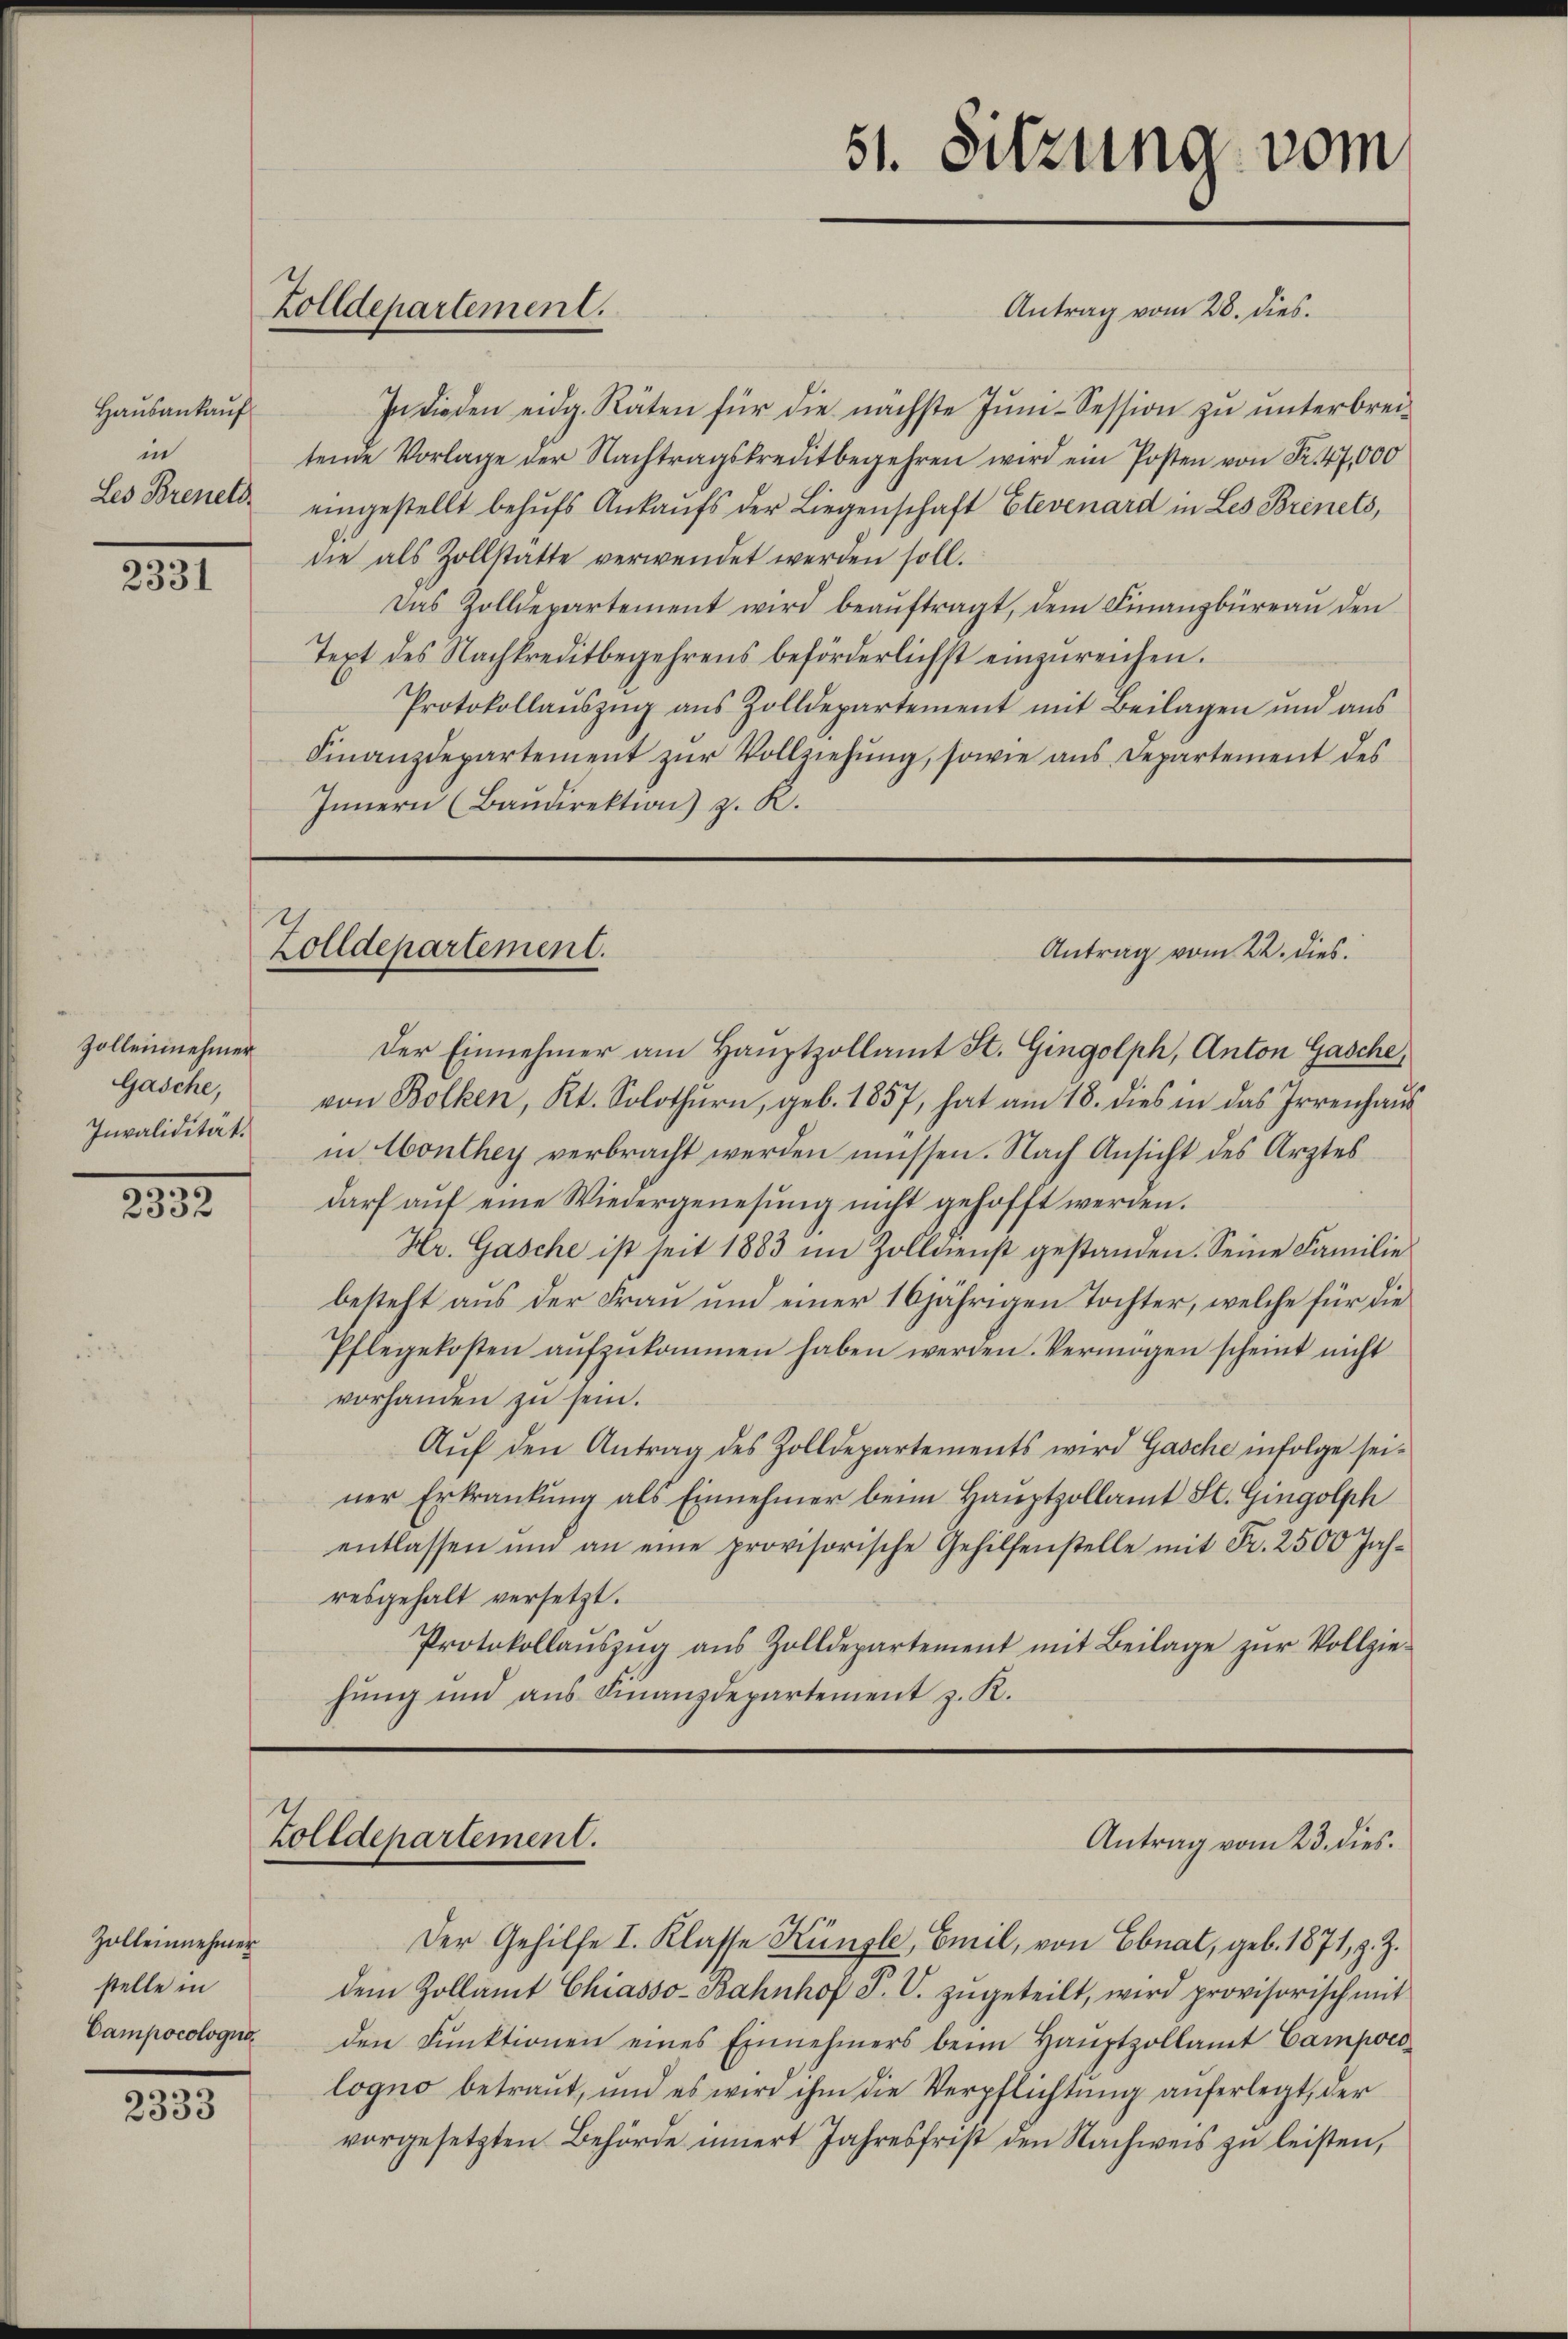
Hausankauf
in
Les Brenet

2331

Zollennehmer
Gasche,
Invalidität.

.
2332

Zolleinnehmer
stelle in
Campocoloquo

2333

Zolldepartement.

Antrag vom 28. dies.
In diesen eidg. Räten für die nächste Jŭni-Session zu unterbreitende Vorlage der Nachtragskreditbegehren wird ein Posten von Fr. 47,000
eingestellt behufs Ankaufs der Liegenschaft Etevenard in Les Brinets,
die als Zollstatte verwendet werden soll.
Das Zolldepartement wird beaŭftragt, dem Finanzbüreau den
Text des Nachkreditbegehrens beförderlichst einzŭreichen.
Protokollaŭszŭg aŭs Zolldepartement mit Beilagen und aus
Finanzdepartement zŭr Vollziehŭng, sowie aŭs Departement des
Innern (Baŭdirektion z. R.

Zolldepartement.

Zolldepartement.

51. Sitzung vom

Der Einnehmer am Hauptzollamt St. Gingolph, Anton Gasche,
von Bolken, Kt. Solothurn, geb. 1857, hat am 18. dies in das Irrenhaŭs
in Monthey verbracht werden müssen. Nach Ansicht des Arztes
darf aŭf eine Wiedergenesung nicht gehofft werden.
Hr. Gasche ist seit 1883 im Zolldienst gestanden. Seine Familie
besteht aus der Frau und einer 16 jährigen Tochter, welche für die
Pflegekosten aŭfzŭkommen haben werden. Vermögen scheint nicht
vorhanden zu sein.
Aŭf den Antrag des Zolldepartements wird Gasche infolge sei-
ner Erkrankung als Einnehmer beim Hauptzollamt St. Gingolph
entlassen und an eine provisorische Gehilfenstelle mit Fr. 2500 Jahresgehalt versetzt.
Protokollaŭszŭg aŭs Zolldepartement mit Beilage zŭr Vollzie-
hung und aus Finanzdepartement z. K.

Antrag vom 22. dies

Der Gehilfe I. Klasse Künste, Emil, von Ebnat, geb. 1871, z. Z.
dem Zollamt Chiasso-Bahnhof P. V. zŭgeteilt, wird provisorisch mit
den Funktionen eines Einnehmers beim Hauptzollamt Campocilogno betraut, und es wird ihm die Verpflichtŭng auferlegt, der
vorgesetzten Behörde innert Jahresfrist den Nachweis zu leisten,

Antrag vom 23. dies.